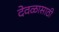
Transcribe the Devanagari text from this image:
देवळासाठी